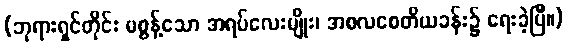
(ဘုရားရှင်တိုင်း မစွန့်သော အရပ်လေးမျိုး၊ အစလစေတိယခန်း၌ ရေးခဲ့ပြီ။)